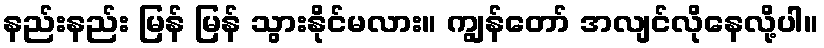
နည်းနည်း မြန် မြန် သွားနိုင်မလား။ ကျွန်တော် အလျင်လိုနေလို့ပါ။